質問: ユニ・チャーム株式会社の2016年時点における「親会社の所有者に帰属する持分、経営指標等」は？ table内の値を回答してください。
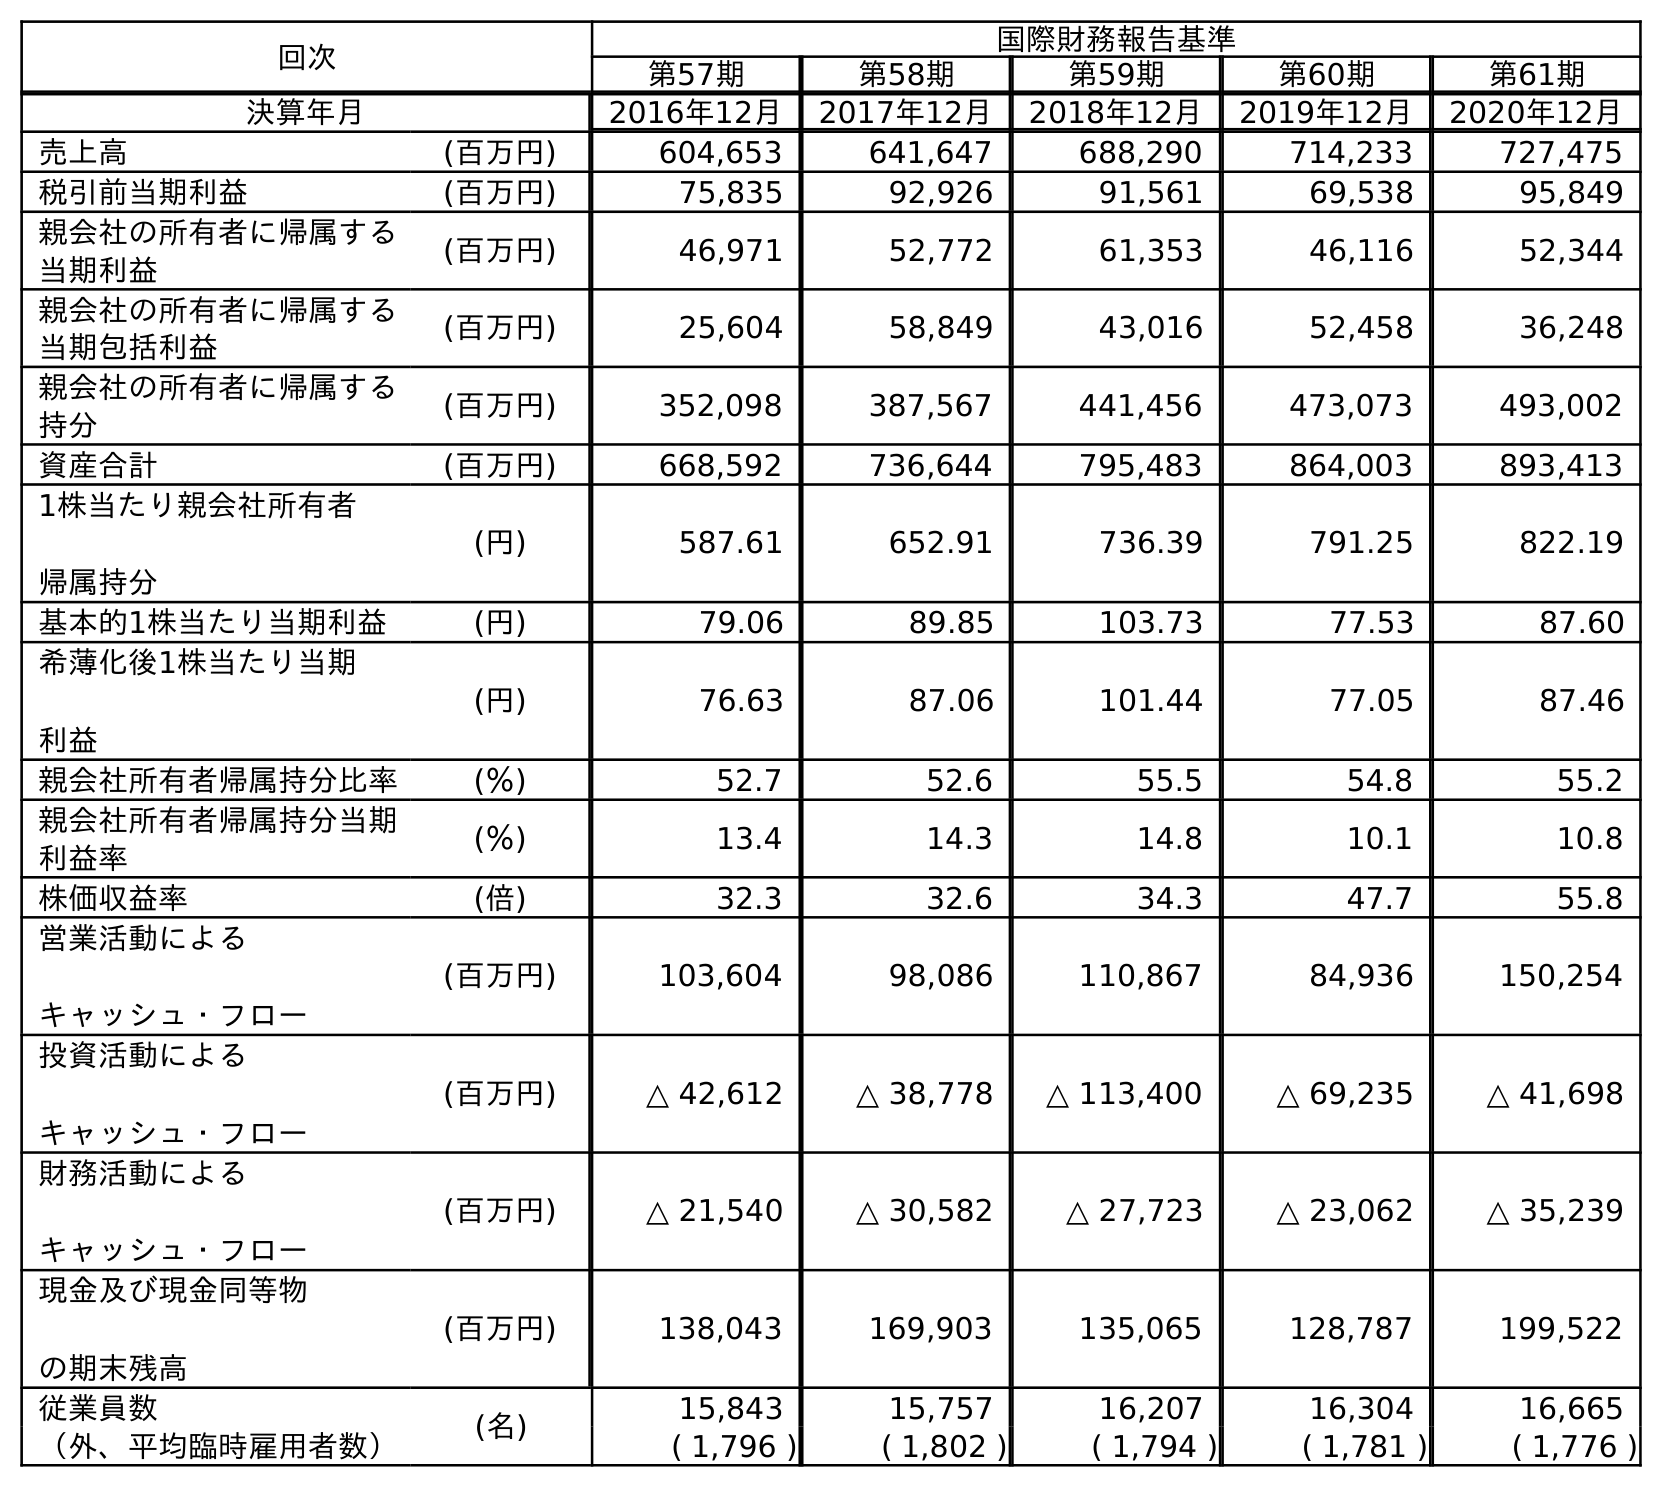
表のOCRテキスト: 回次 国際財務報告基準 第57期 第58期 第59期 第60期 第61期 決算年月 2016年12月 2017年12月 2018年12月 2019年12月 2020年12月 売上高 (百万円) 604,653 641,647 688,290 714,233 727,475 税引前当期利益 (百万円) 75,835 92,926 91,561 69,538 95,849 親会社の所有者に帰属する 当期利益 (百万円) 46,971 52,772 61,353 46,116 52,344 親会社の所有者に帰属する 当期包括利益 (百万円) 25,604 58,849 43,016 52,458 36,248 親会社の所有者に帰属する 持分 (百万円) 352,098 387,567 441,456 473,073 493,002 資産合計 (百万円) 668,592 736,644 795,483 864,003 893,413 1株当たり親会社所有者 帰属持分 (円) 587.61 652.91 736.39 791.25 822.19 基本的1株当たり当期利益 (円) 79.06 89.85 103.73 77.53 87.60 希薄化後1株当たり当期 利益 (円) 76.63 87.06 101.44 77.05 87.46 親会社所有者帰属持分比率 (％) 52.7 52.6 55.5 54.8 55.2 親会社所有者帰属持分当期 利益率 (％) 13.4 14.3 14.8 10.1 10.8 株価収益率 (倍) 32.3 32.6 34.3 47.7 55.8 営業活動による キャッシュ・フロー (百万円) 103,604 98,086 110,867 84,936 150,254 投資活動による キャッシュ・フロー (百万円) △ 42,612 △ 38,778 △ 113,400 △ 69,235 △ 41,698 財務活動による キャッシュ・フロー (百万円) △ 21,540 △ 30,582 △ 27,723 △ 23,062 △ 35,239 現金及び現金同等物 の期末残高 (百万円) 138,043 169,903 135,065 128,787 199,522 従業員数 (名) 15,843 15,757 16,207 16,304 16,665 （外、平均臨時雇用者数） ( 1,796 ) ( 1,802 ) ( 1,794 ) ( 1,781 ) ( 1,776 )
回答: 352,098